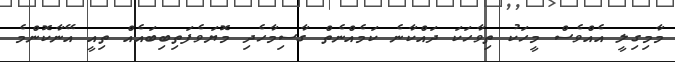
މާމިގިލީ އެއްވެސް މީހަކު ތިވާހަކަ ދައްކާނެ ކަމެއްނެތް ގާސިމާހެދި މޮޔަވެފަތިބިބައެއް ތިއީ އޭނާކޮންމެ